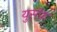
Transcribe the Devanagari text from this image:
युसॅफ़